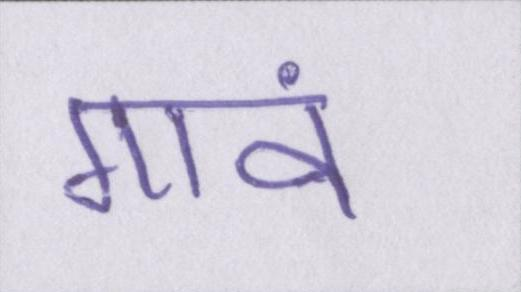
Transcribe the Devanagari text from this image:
गावं